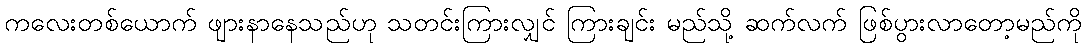
ကလေးတစ်ယောက် ဖျားနာနေသည်ဟု သတင်းကြားလျှင် ကြားချင်း မည်သို့ ဆက်လက် ဖြစ်ပွားလာတော့မည်ကို